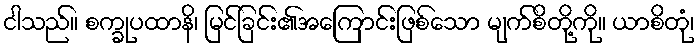
ငါသည်။ စက္ခုပထာနိ၊ မြင်ခြင်း၏အကြောင်းဖြစ်သော မျက်စိတို့ကို။ ယာစိတုံ၊